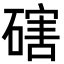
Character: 磍